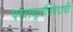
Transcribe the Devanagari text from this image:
परराष्ट्रमंत्रिपदाची